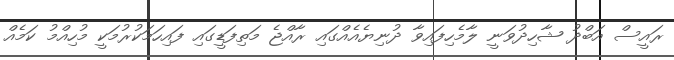
ރައީސް އަބްދު ޝާހިދުވަނީ ލާމެހިފައިވާ ދުނިޔެއެއްގައި ރާއްޖެ މަތިފަޑީގައި ފައިހަމަކުރުމަކީ މުހިއްމު ކަމެއް